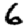
Digit: 6